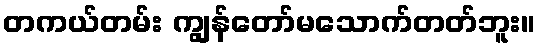
တကယ်တမ်း ကျွန်တော်မသောက်တတ်ဘူး။